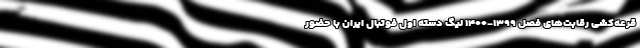
قرعه‌کشی رقابت‌های فصل ۱۳۹۹-۱۴۰۰ لیگ دسته اول فوتبال ایران با حضور